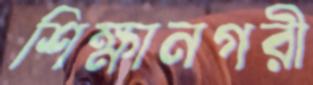
শিক্ষানগরী